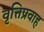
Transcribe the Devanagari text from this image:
वृत्तिप्रवाह